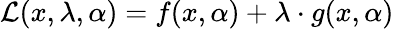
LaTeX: {\mathcal{L}}(x,\lambda,\alpha)=f(x,\alpha)+\lambda\cdot g(x,\alpha)